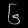
Digit: ၆